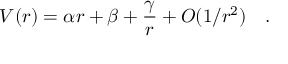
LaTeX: V ( r ) = \alpha r + \beta + { \frac { \gamma } { r } } + O ( 1 / r ^ { 2 } ) \quad .